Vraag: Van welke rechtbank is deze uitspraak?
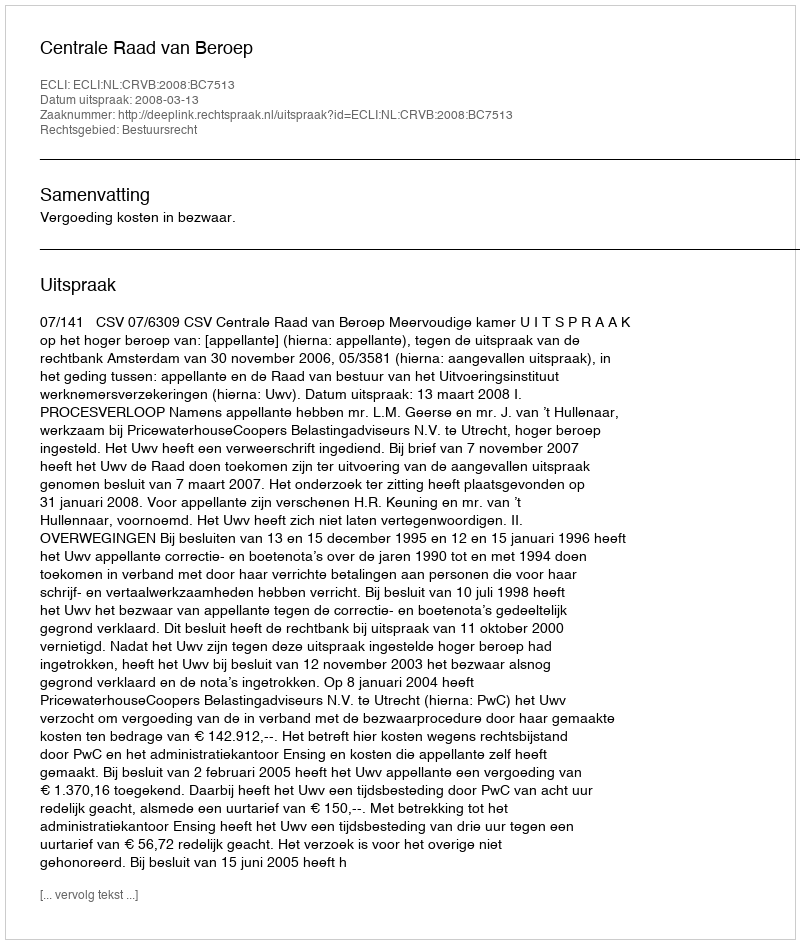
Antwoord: Centrale Raad van Beroep